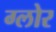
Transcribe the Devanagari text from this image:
ग्लोर